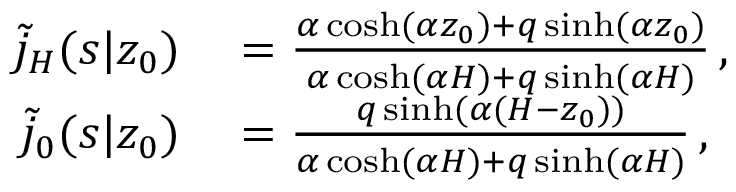
\begin{array} { r l } { \tilde { j } _ { H } ( s | z _ { 0 } ) } & { { } = \frac { \alpha \cosh ( \alpha z _ { 0 } ) + q \sinh ( \alpha z _ { 0 } ) } { \alpha \cosh ( \alpha H ) + q \sinh ( \alpha H ) } \, , } \\ { \tilde { j } _ { 0 } ( s | z _ { 0 } ) } & { { } = \frac { q \sinh ( \alpha ( H - z _ { 0 } ) ) } { \alpha \cosh ( \alpha H ) + q \sinh ( \alpha H ) } \, , } \end{array}